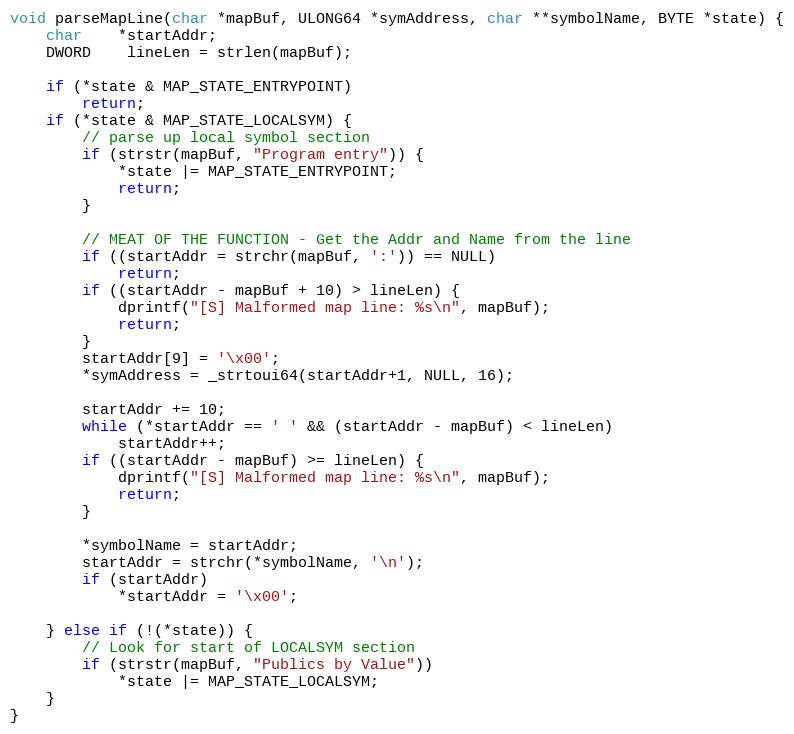
Language: C++
void parseMapLine(char *mapBuf, ULONG64 *symAddress, char **symbolName, BYTE *state) {
	char	*startAddr;
	DWORD	lineLen = strlen(mapBuf);

	if (*state & MAP_STATE_ENTRYPOINT)
		return;
	if (*state & MAP_STATE_LOCALSYM) {
		// parse up local symbol section
		if (strstr(mapBuf, "Program entry")) {
			*state |= MAP_STATE_ENTRYPOINT;
			return;
		}

		// MEAT OF THE FUNCTION - Get the Addr and Name from the line
		if ((startAddr = strchr(mapBuf, ':')) == NULL)
			return;
		if ((startAddr - mapBuf + 10) > lineLen) {
			dprintf("[S] Malformed map line: %s\n", mapBuf);
			return;
		}
		startAddr[9] = '\x00';
		*symAddress = _strtoui64(startAddr+1, NULL, 16);

		startAddr += 10;
		while (*startAddr == ' ' && (startAddr - mapBuf) < lineLen)
			startAddr++;
		if ((startAddr - mapBuf) >= lineLen) {
			dprintf("[S] Malformed map line: %s\n", mapBuf);
			return;
		}

		*symbolName = startAddr;
		startAddr = strchr(*symbolName, '\n');
		if (startAddr)
			*startAddr = '\x00';

	} else if (!(*state)) {
		// Look for start of LOCALSYM section
		if (strstr(mapBuf, "Publics by Value"))
			*state |= MAP_STATE_LOCALSYM;
	}
}